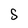
Character: S